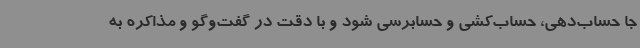
جا حساب‌دهی، حساب‌کشی و حسابرسی شود و با دقت در گفت‌وگو و مذاکره به